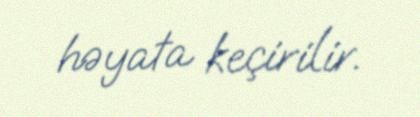
həyata keçirilir.